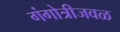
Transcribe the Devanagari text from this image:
गंगोत्रीजवळ